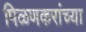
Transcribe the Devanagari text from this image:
पिळणकरांच्या